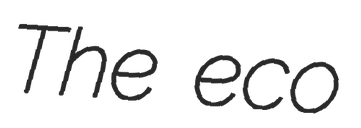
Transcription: The eco